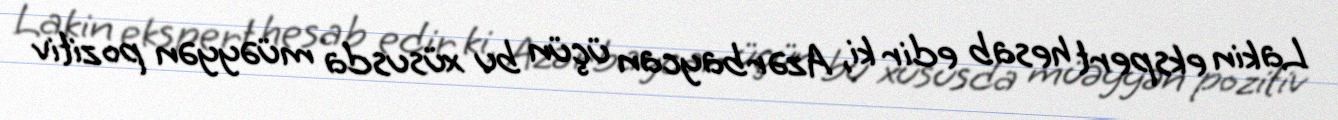
Lakin ekspert hesab edir ki, Azərbaycan üçün bu xüsusda müəyyən pozitiv